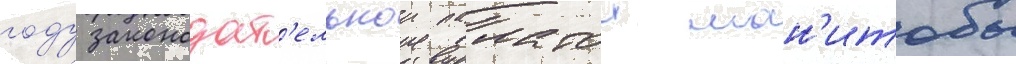
году законодат'ельнои палатои ман'итобы